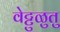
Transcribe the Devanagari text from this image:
वेट्टुळुतु